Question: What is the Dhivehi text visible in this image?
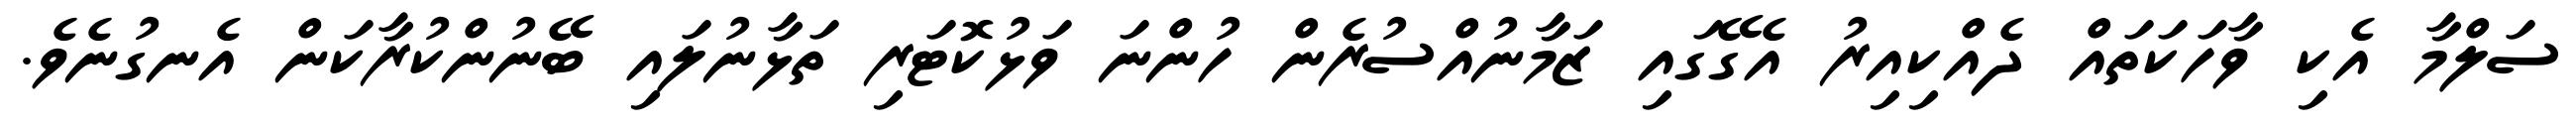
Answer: ސަލްމާ އެކި ވާހަކަތައް ދެއްކިއިރު އެގޭގައި ޒަމާނުއްސުރެން ހުންނަ ވަޅުކޮޓަރި ތަޅާނުލައި ބޭނުންކުރާކަން އެނގުނެވެ.